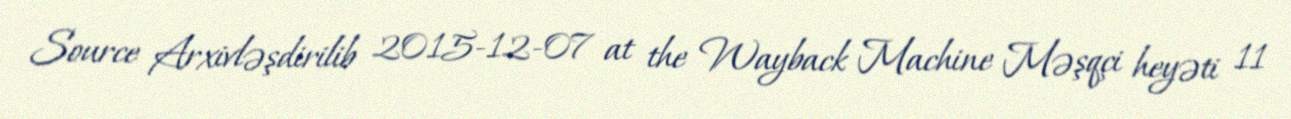
Source Arxivləşdirilib 2015-12-07 at the Wayback Machine Məşqçi heyəti 11